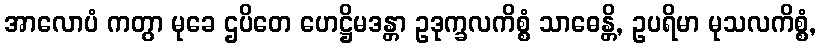
အာလောပံ ကတွာ မုခေ ဌပိတေ ဟေဋ္ဌိမဒန္တာ ဥဒုက္ခလကိစ္စံ သာဓေန္တိ, ဥပရိမာ မုသလကိစ္စံ,